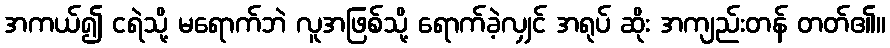
အကယ်၍ ငရဲသို့ မရောက်ဘဲ လူအဖြစ်သို့ ရောက်ခဲ့လျှင် အရုပ် ဆိုး အကျည်းတန် တတ်၏။